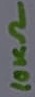
Text: 10KΩ